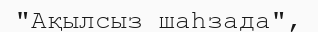
"Ақылсыз шаһзада",